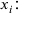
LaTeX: x _ { i } { \mathrm { : } }